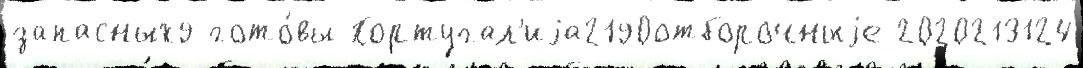
запасных9 гото́вы Португал'иjа2190отборочныjе 2020213124